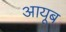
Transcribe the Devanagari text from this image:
आयूब